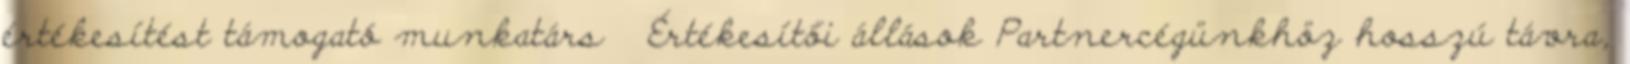
értékesítést támogató munkatárs Értékesítői állások Partnercégünkhöz hosszú távra,